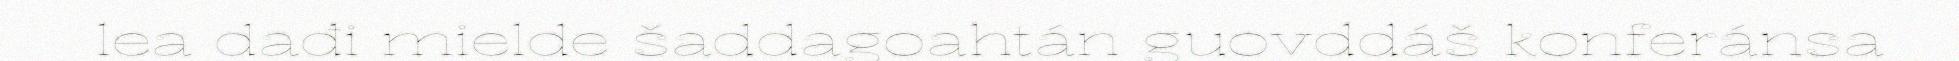
lea dađi mielde šaddagoahtán guovddáš konferánsa